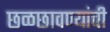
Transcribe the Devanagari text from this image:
छळछावण्यांची